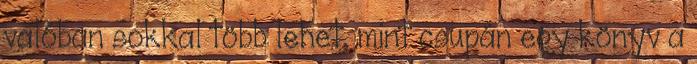
valóban sokkal több lehet, mint csupán egy könyv a